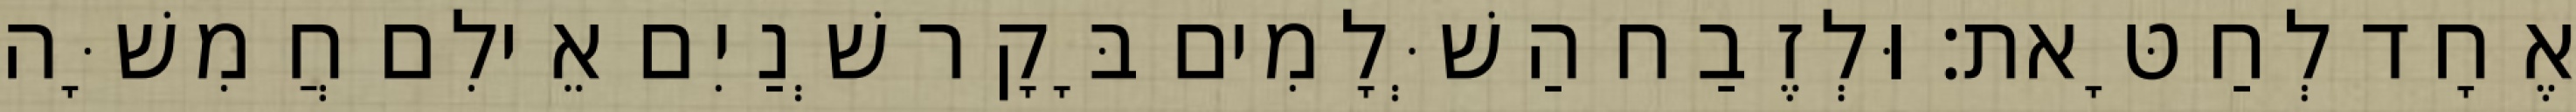
אֶחָד לְחַטָּאת׃ וּלְזֶבַח הַשְּׁלָמִים בָּקָר שְׁנַיִם אֵילִם חֲמִשָּׁה